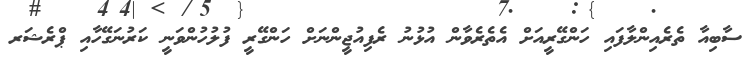
ސާބިއާ ތެރެއިންލާފައި ހަންގޭރީއަށް އެތެރެވާން އުޅުނު ރެފިއުޖީންނަށް ހަންގޭރީ ފުލުހުންވަނީ ކަރުނަގޭހާއި ޕްރެޝަރ